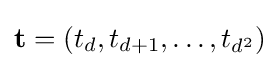
\mathbf {t} =(t_{d},t_{d+1},\ldots ,t_{d^{2}})